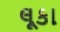
લૂકા